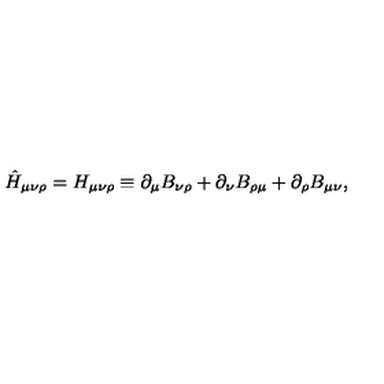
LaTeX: \hat { H } _ { \mu \nu \rho } = H _ { \mu \nu \rho } \equiv \partial _ { \mu } B _ { \nu \rho } + \partial _ { \nu } B _ { \rho \mu } + \partial _ { \rho } B _ { \mu \nu } ,